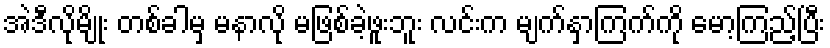
အဲဒီလိုမျိုး တစ်ခါမှ မနာလို မဖြစ်ခဲ့ဖူးဘူး လင်းက မျက်နှာကြက်ကို မော့ကြည့်ပြီး